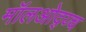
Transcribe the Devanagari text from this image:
मॉलओद्य्च